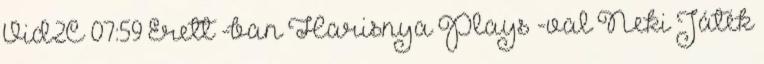
Vid2C 07:59 Érett -ban Harisnya Plays -val Neki Játék